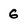
Character: 6